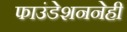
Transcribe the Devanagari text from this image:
फाउंडेशननेही